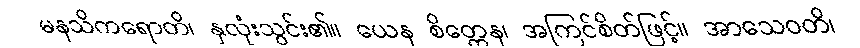
မနသိကရောတိ၊ နှလုံးသွင်း၏။ ယေန စိတ္တေန၊ အကြင်စိတ်ဖြင့်။ အာသေဝတိ၊